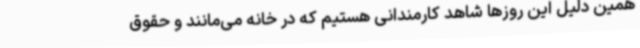
همین دلیل این روزها شاهد کارمندانی هستیم که در خانه می‌مانند و حقوق